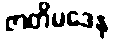
ဇာတိမဒေန